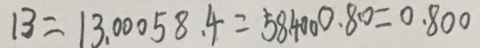
1 3 = 1 3 . 0 0 0 5 8 . 4 = 5 8 . 4 0 0 0 . 8 0 = 0 . 8 0 0